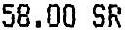
58.00 SR